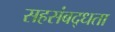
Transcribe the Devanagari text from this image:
सहसंबद्धता